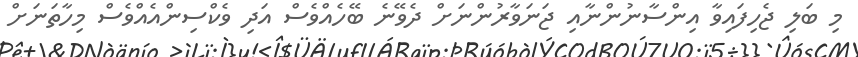
މި ބަލި ޖެހިފައިވާ އިންސާނުންނާއި ޖަނަވާރުންނަށް ދެވޭނެ ބޭހެއްވެސް އަދި ވެކްސިންއެއްވެސް މިހާތަނަށް